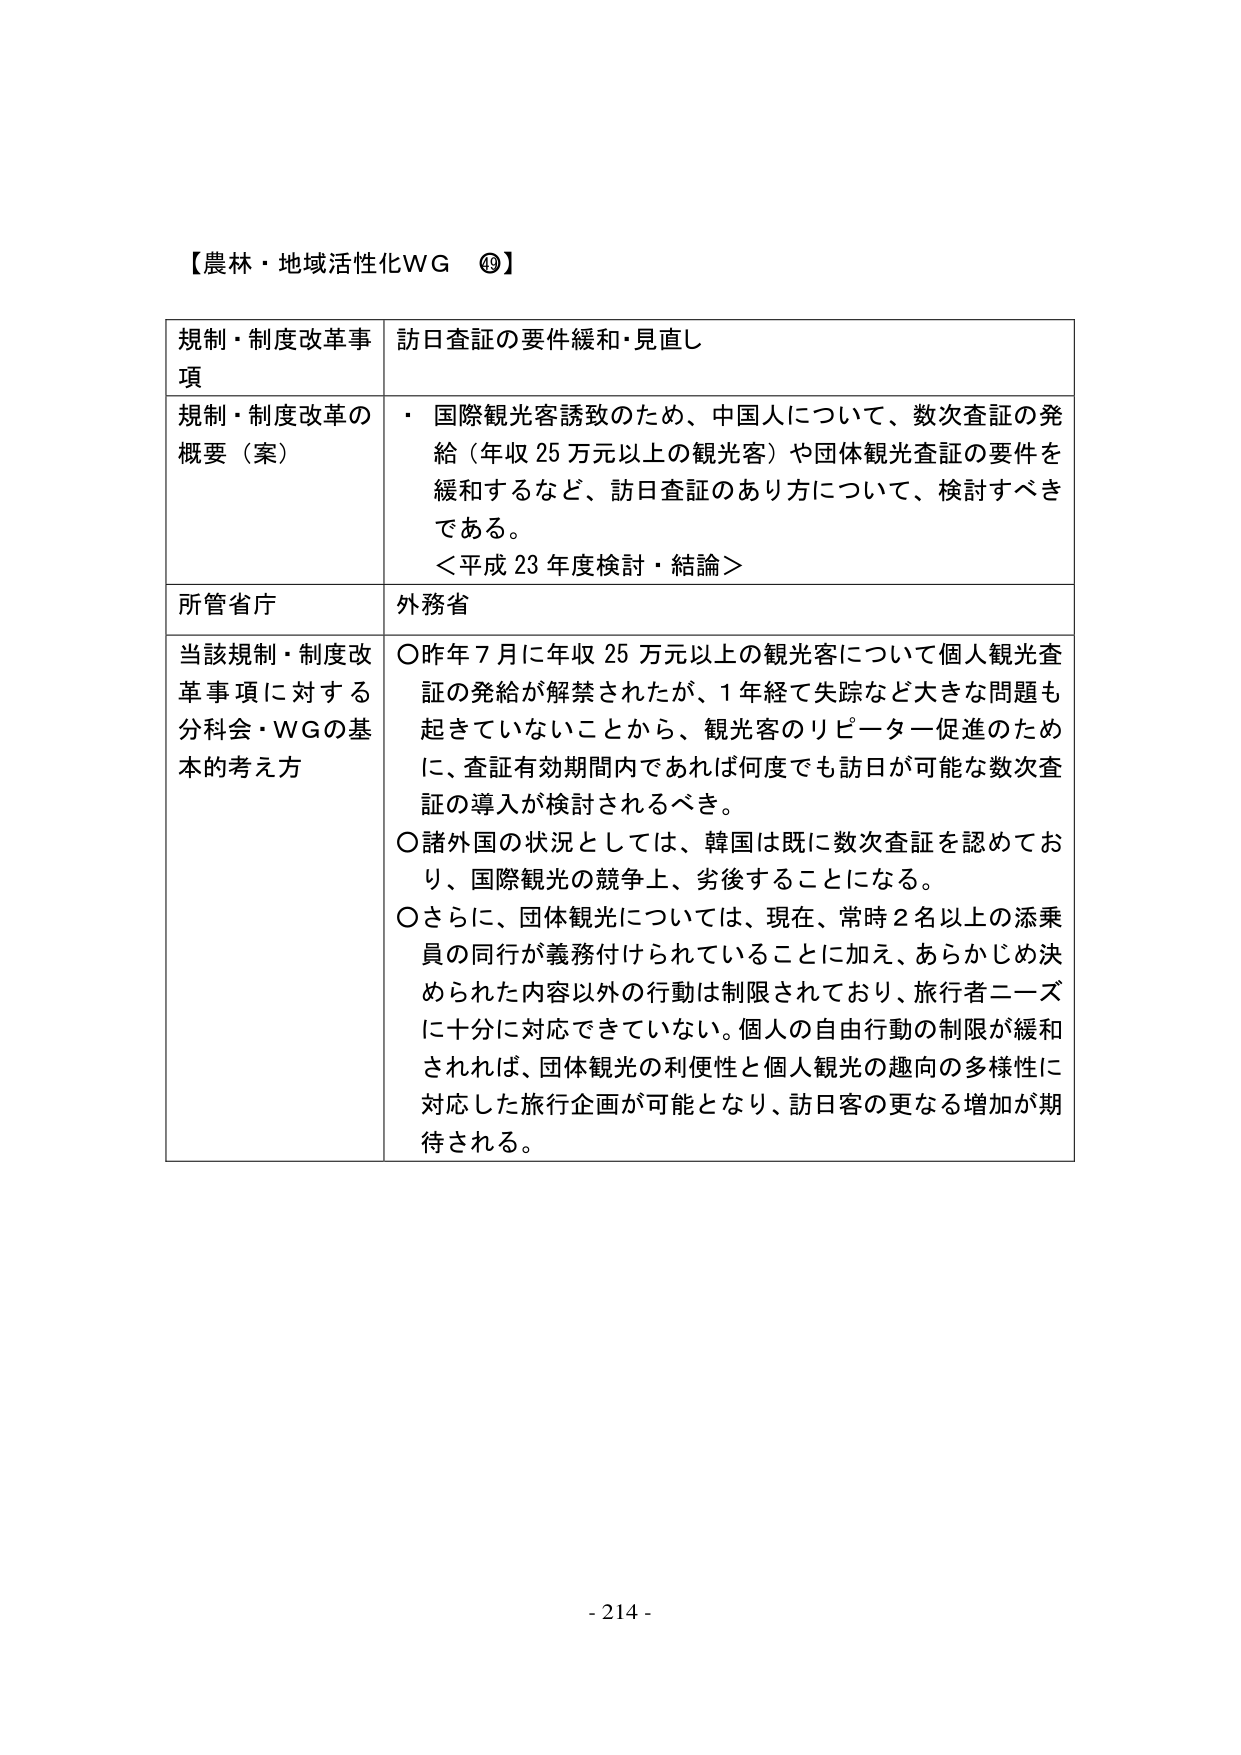
【農林・地域活性化WG ⑲】

規制・制度改革事項 訪日査証の要件緩和・見直し

規制・制度改革の概要（案） ・ 国際観光客誘致のため、中国人について、数次査証の発給（年収25万元以上の観光客）や団体観光査証の要件を緩和するなど、訪日査証のあり方について、検討すべきである。
＜平成23年度検討・結論＞

所管省庁 外務省

当該規制・制度改革事項に対する分科会・WGの基本的考え方 ○昨年7月に年収25万元以上の観光客について個人観光査証の発給が解禁されたが、1年経て失踪など大きな問題も起きていないことから、観光客のリピーター促進のために、査証有効期間内であれば何度でも訪日が可能な数次査証の導入が検討されるべき。
○諸外国の状況としては、韓国は既に数次査証を認めており、国際観光の競争上、劣後することになる。
○さらに、団体観光については、現在、常時2名以上の添乗員の同行が義務付けられていることに加え、あらかじめ決められた内容以外の行動は制限されており、旅行者ニーズに十分に対応できていない。個人の自由行動の制限が緩和されれば、団体観光の利便性と個人観光の趣向の多様性に対応した旅行企画が可能となり、訪日客の更なる増加が期待される。

- 214 -